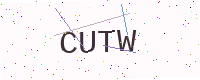
Text: CUTW